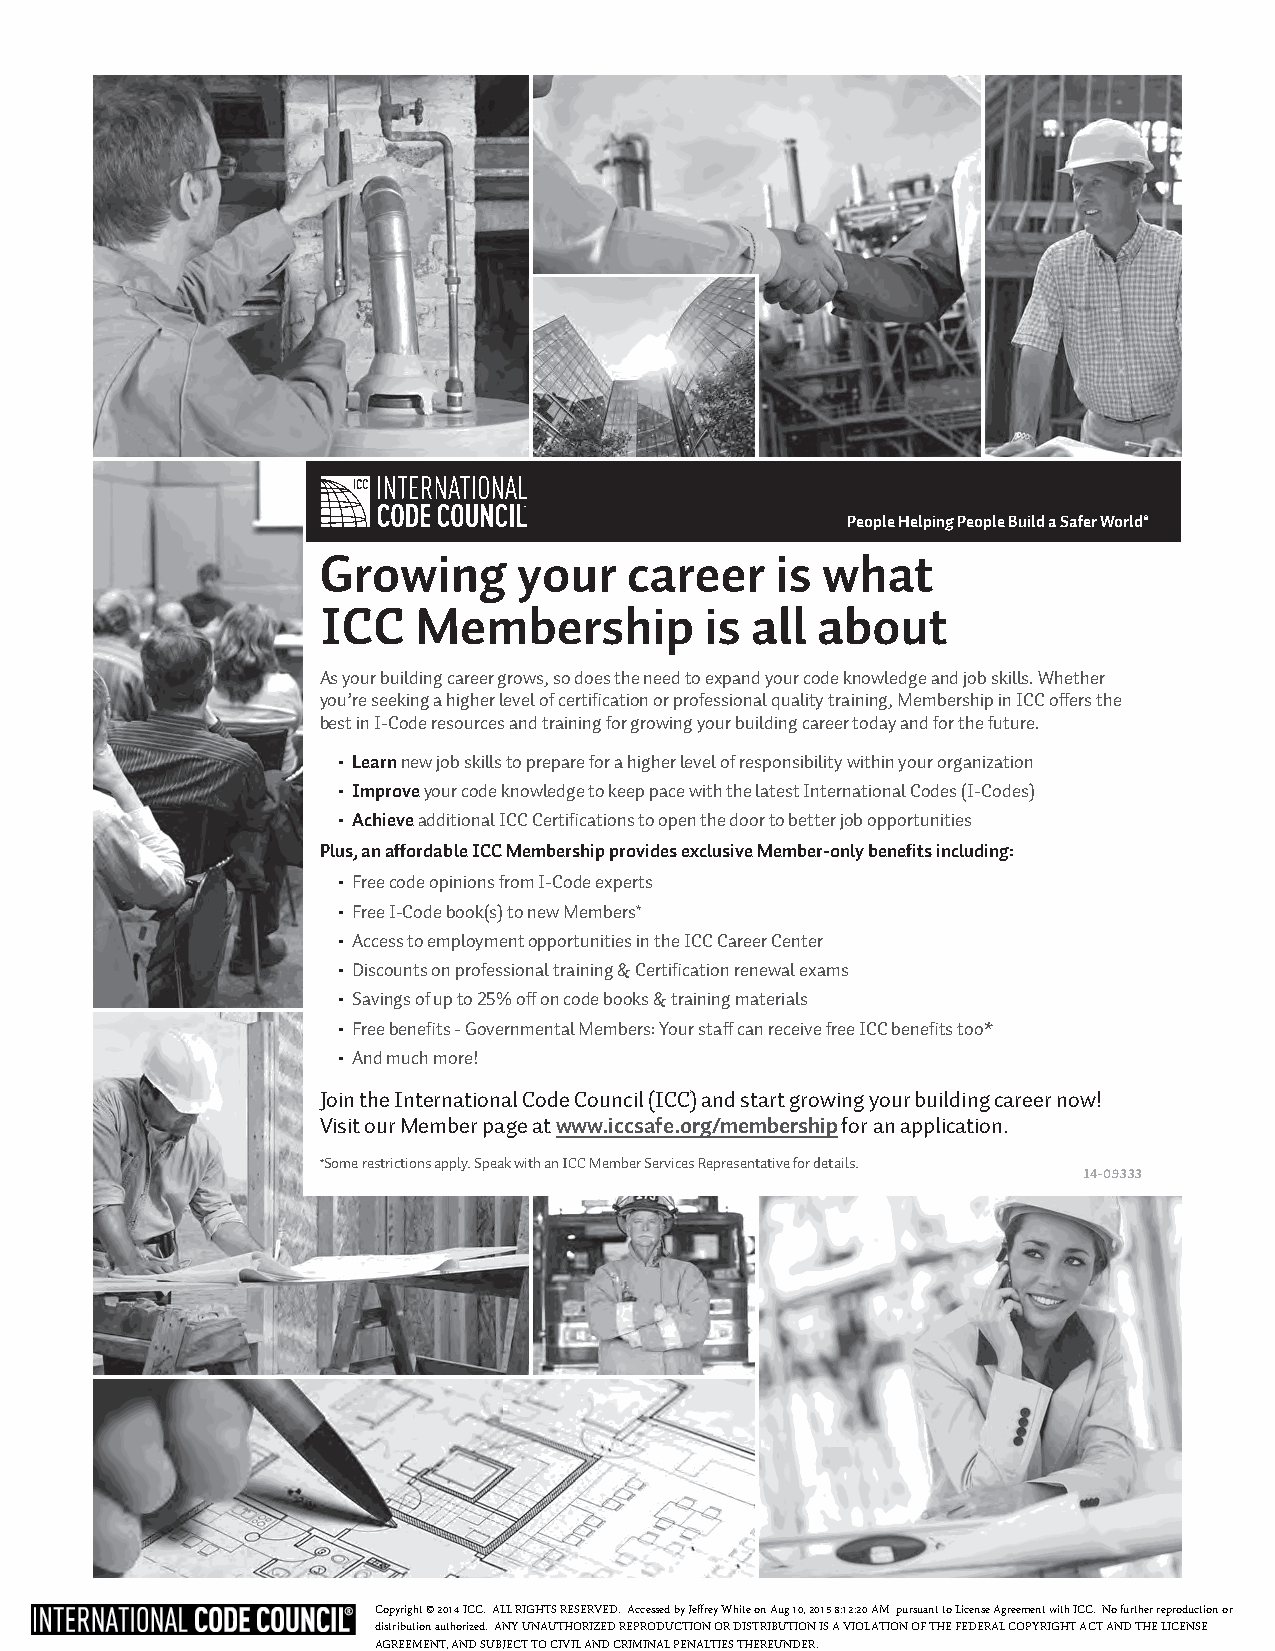
People Helping People Build a Safer World®
 Growing      your    career   is what
 ICC    Membership         is all about
 As your building career grows, so does the need to expand your code knowledge and job skills. Whether
 you’re seeking a higher level of certification or professional quality training, Membership in ICC offers the
 best in I-Code resources and training for growing your building career today and for the future.
 • Learn new job skills to prepare for a higher level of responsibility within your organization
 • Improve your code knowledge to keep pace with the latest International Codes (I-Codes)
 • Achieve additional ICC Certifications to open the door to better job opportunities
 Plus, an affordable ICC Membership provides exclusive Member-only benefits including:
 • Free code opinions from I-Code experts
 • Free I-Code book(s) to new Members*
 • Access to employment opportunities in the ICC Career Center
 • Discounts on professional training & Certification renewal exams
 • Savings of up to 25% off on code books & training materials
 • Free benefits - Governmental Members: Your staff can receive free ICC benefits too*
 • And much more!
 Join the International Code Council (ICC) and start growing your building career now!
 Visit our Member page at www.iccsafe.org/membership for an application.
 *Some restrictions apply. Speak with an ICC Member Services Representative for details.
 14-09333
 Copyright © 2014 ICC. ALL RIGHTS RESERVED. Accessed by Jeffrey White on Aug 10, 2015 8:12:20 AM pursuant to License Agreement with ICC. No further reproduction or
 distribution authorized. ANY UNAUTHORIZED REPRODUCTION OR DISTRIBUTION IS A VIOLATION OF THE FEDERAL COPYRIGHT ACT AND THE LICENSE
 AGREEMENT, AND SUBJECT TO CIVIL AND CRIMINAL PENALTIES THEREUNDER.